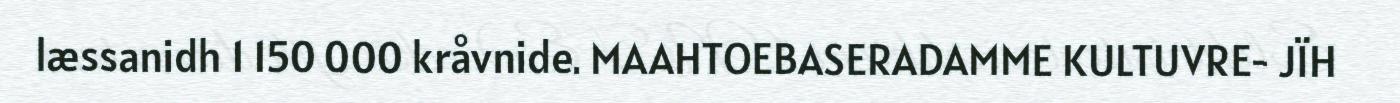
læssanidh 1 150 000 kråvnide. MAAHTOEBASERADAMME KULTUVRE- JÏH